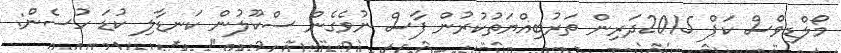
މޯލްޑިވްސް ކަޕް 2015ދަރިން ތަރުބިއްޔަތުކުރުން ފާސް ނުވެގެން ސްކޫލުން ކަނޑާލި ކުޑަ ހުސެން: